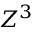
Z ^ { 3 }